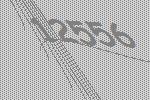
12556